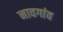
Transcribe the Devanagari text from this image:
नावगांव